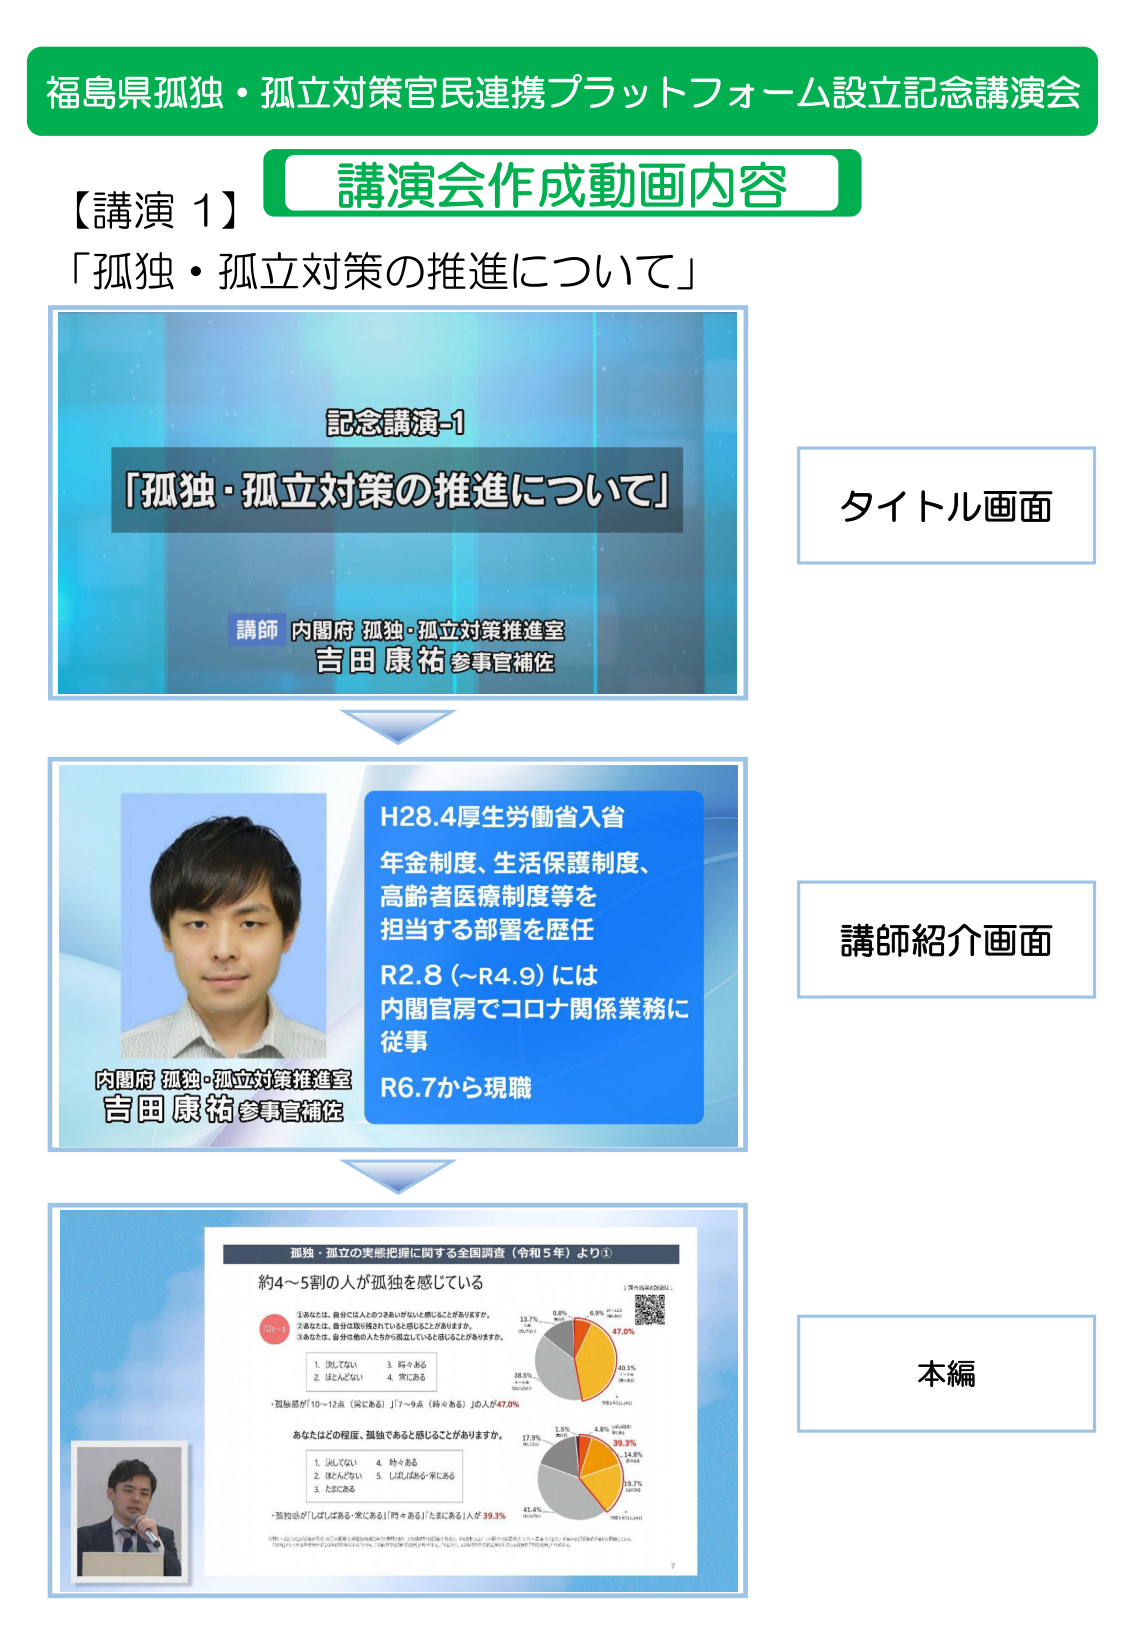
福島県孤独・孤立対策官民連携プラットフォーム設立記念講演会
【講演 1】 講演会作成動画内容
「孤独・孤立対策の推進について」

記念講演-1
「孤独・孤立対策の推進について」
講師 内閣府 孤独・孤立対策推進室
吉田 康祐 参事官補佐

タイトル画面

H28.4.厚生労働省入省
年金制度、生活保護制度、
高齢者医療制度等を
担当する部署を歴任
R2.8（～R4.9）には
内閣官房でコロナ関係業務に
従事
R6.7から現職

内閣府 孤独・孤立対策推進室
吉田 康祐 参事官補佐

講師紹介画面

孤独・孤立の実態把握に関する全国調査（令和5年）より①
約4～5割の人が孤独を感じている
①あなたは、自分には人とのつきあいがないと感じることがありますか。
②あなたは、自分は取り残されていると感じることがありますか。
③あなたは、自分は他の人たちから孤立していると感じることがありますか。
1. うれしい 3. 時々ある
2. ほとんどない 4. 常にある
・孤独感が「10～12点（常にあり）」「7～9点（時々ある）」10人中47.0%
あなたはどの程度、孤独であると感じることがありますか。
1. うれしい 4. 時々ある
2. ほとんどない 5. しばしばある・常にあり
3. たまにある
・孤独感が「しばしばある・常にあり」「時々ある」「たまにある」人が39.3%
13.7%
0.8%
6.9%
47.0%
10.1%
28.5%
17.9%
1.5%
6.8%
39.3%
14.8%
15.7%
41.4%
7

本編